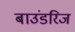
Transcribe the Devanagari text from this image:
बाउंडरिज